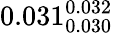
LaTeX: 0.031_{0.030}^{0.032}